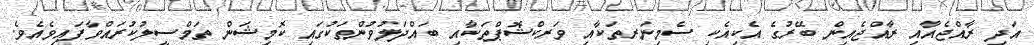
އަދި ރާއްޖެއާއި ރާއްޖެއިން ބޭރުގެ އެކިއެކި ސެމިނަރތަކާއި ވަރކްޝޮޕްތަކާއި ބައްދަލުވުންތަކުގައި ކޮމިޝަން ތަމްސީލުކުރައްވާފައިވެއެވެ.